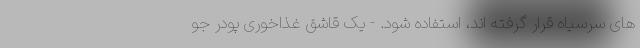
های سرسیاه قرار گرفته اند، استفاده شود. - یک قاشق غذاخوری پودر جو